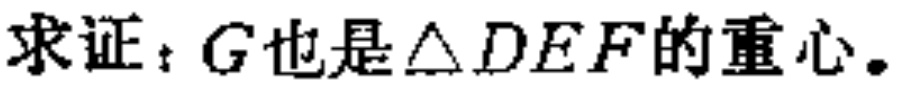
求证：\(G\)也是\(\triangle DEF\)的重心。